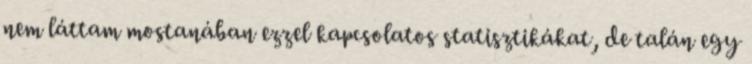
nem láttam mostanában ezzel kapcsolatos statisztikákat, de talán egy